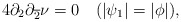
\begin{align*}4\partial_{2} \partial_{\overline{2}}\nu = 0~~~(|\psi_{1}|=|\phi|),\end{align*}